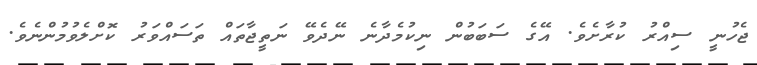
ޖެހުނީ ސިއްރު ކުރާށެވެ. އޭގެ ސަބަބުން ނިކުމެދާނެ ނޭދެވޭ ނަތީޖާތައް ތަސައްވަރު ކޮށްލެވުމުންނެވެ.